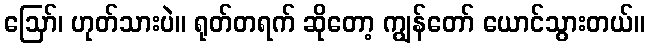
ဩော်၊ ဟုတ်သားပဲ။ ရုတ်တရက် ဆိုတော့ ကျွန်တော် ယောင်သွားတယ်။